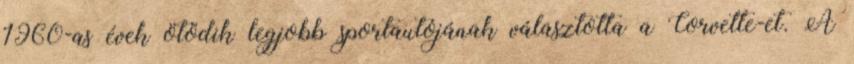
1960-as évek ötödik legjobb sportautójának választotta a Corvette-et. A